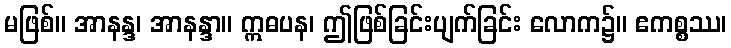
မဖြစ်။ အာနန္ဒ၊ အာနန္ဒာ။ ဣဓပန၊ ဤဖြစ်ခြင်းပျက်ခြင်း လောက၌။ ဧကစ္စဿ၊